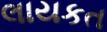
લાયકત